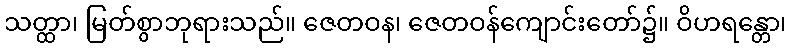
သတ္ထာ၊ မြတ်စွာဘုရားသည်။ ဇေတဝန၊ ဇေတဝန်ကျောင်းတော်၌။ ဝိဟရန္တော၊